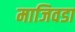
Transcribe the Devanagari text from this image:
माजिवडा